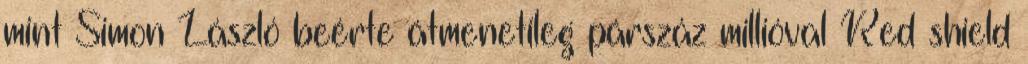
mint Simon László beérte átmenetileg párszáz millióval Red shield